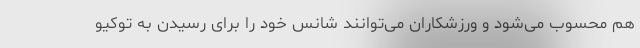
هم محسوب می‌شود و ورزشکاران می‌توانند شانس خود را برای رسیدن به توکیو